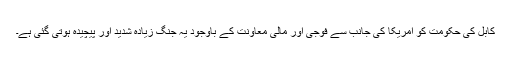
کابل کی حکومت کو امریکا کی جانب سے فوجی اور مالی معاونت کے باوجود یہ جنگ زیادہ شدید اور پیچیدہ ہوتی گئی ہے۔